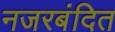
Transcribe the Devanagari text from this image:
नजरबंदित